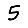
Digit: 5